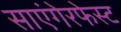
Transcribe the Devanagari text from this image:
साएंगेरफेस्ट